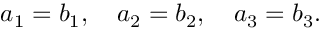
a _ { 1 } = b _ { 1 } , \quad a _ { 2 } = b _ { 2 } , \quad a _ { 3 } = b _ { 3 } .